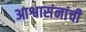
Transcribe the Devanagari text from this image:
आश्वासंनांची